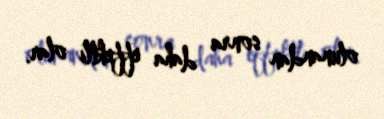
olunandan sonra daha effektli olar.